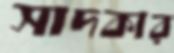
সাদকার